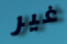
غير